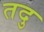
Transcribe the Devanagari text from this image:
तदु